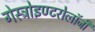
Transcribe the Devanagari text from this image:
गेस्ट्रोइण्टरोलॉजी